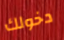
دخولك